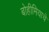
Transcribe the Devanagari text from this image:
बोहीमियाचे